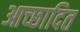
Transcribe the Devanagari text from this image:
आच्‍छादित